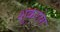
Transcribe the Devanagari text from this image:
शुकरोग